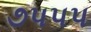
૭પપપ